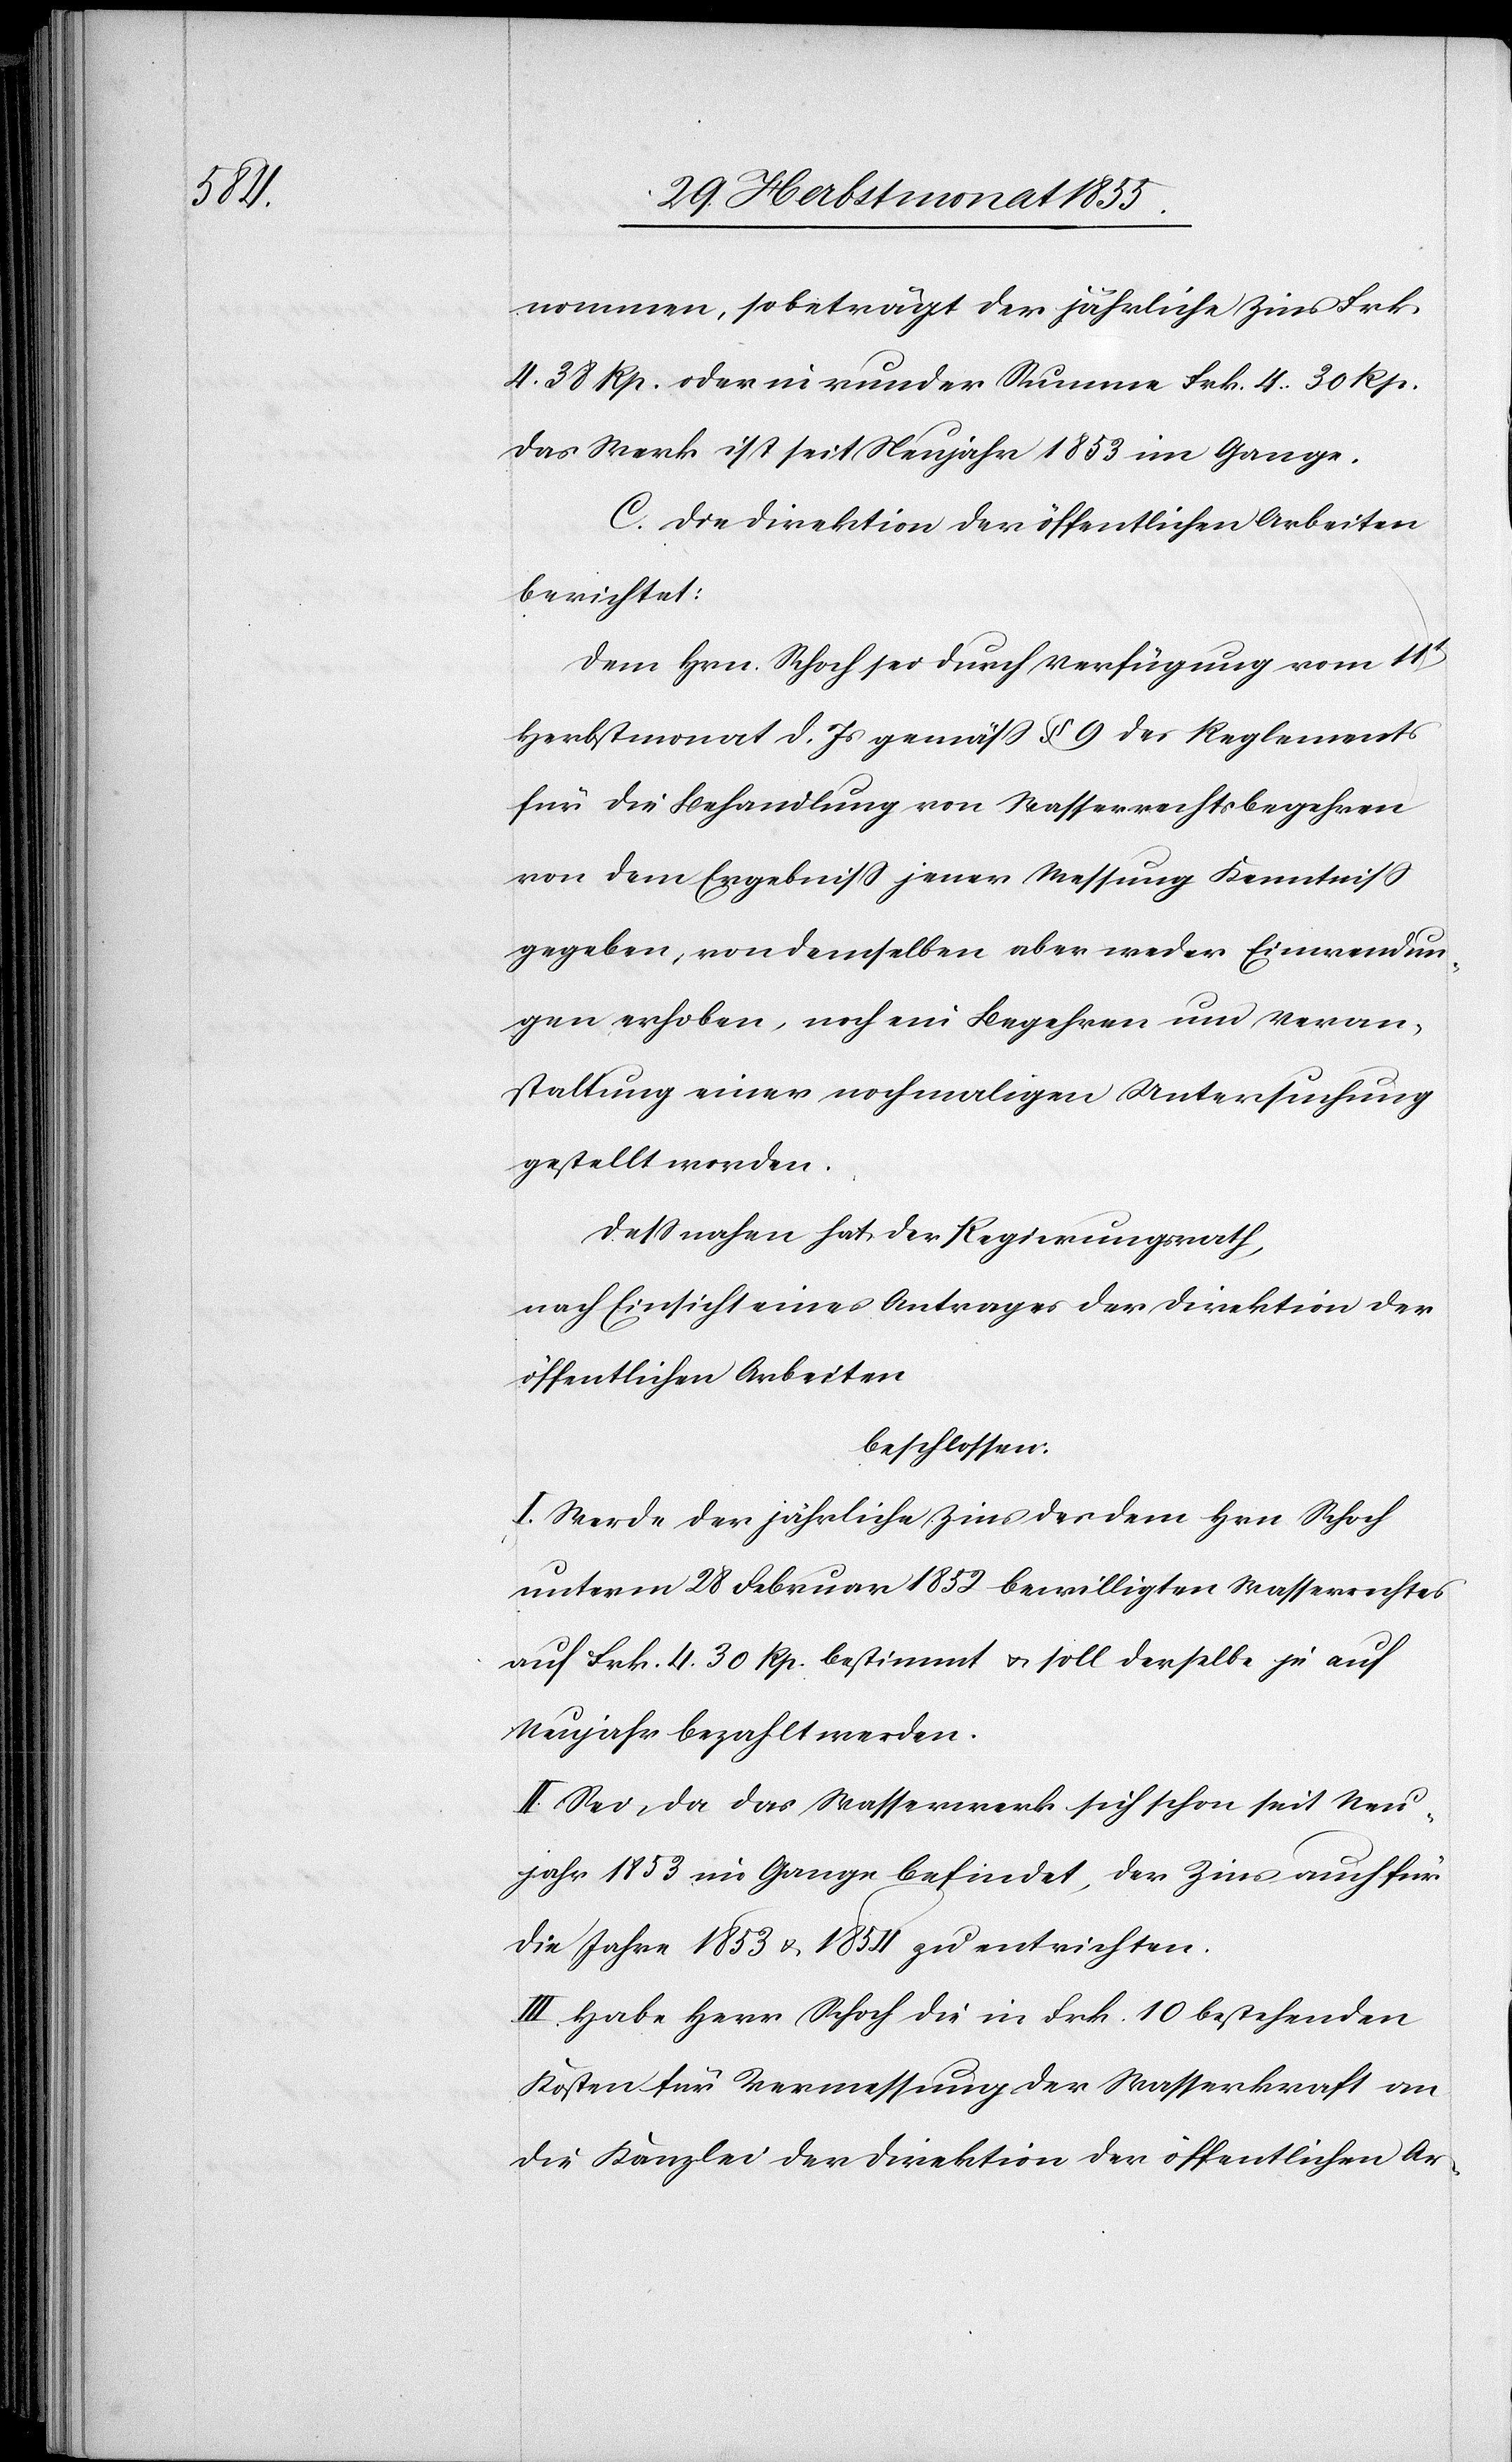
nommen, so beträgt der jährliche Zins Frk.
4. 38 Rp. oder in runder Summe Frk. 4. 30 Rp.
Das Werk ist seit Neujahr 1853 im Gange.
C. Die Direktion der öffentlichen Arbeiten
berichtet:
Dem Hrn. Schoch sei durch Verfügung vom 11t
Herbstmonat d. Js gemäss § 9 des Reglements
für die Behandlung von Wasserrechtsbegehren
von dem Ergebniss jener Messung Kenntniss
gegeben, von demselben aber weder Einwendun¬
gen erhoben, noch ein Begehren um Veran¬
staltung einer nochmaligen Untersuchung
gestellt worden.
Dessnahen hat der Regierungsrath,
nach Einsicht eines Antrages der Direktion der
öffentlichen Arbeiten
beschlossen:
I. Werde der jährliche Zins des dem Hrn. Schoch
unterm 28 Februar 1852 bewilligten Wasserrechtes
auf Frk. 4. 30 Rp. bestimmt & soll derselbe je auf
Neujahr bezahlt werden.
II. Sei, da das Wasserwerk sich schon seit Neu¬
jahr 1853 im Gange befindet, der Zins auch für
die Jahre 1853 & 1854 zu entrichten.
III. Habe Herr Schoch die in Frk. 10 bestehenden
Kosten für Vermessung der Wasserkraft an
die Kanzlei der Direktion der öffentlichen Ar-